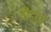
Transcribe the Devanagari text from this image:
पौंडांचे